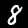
Label: 8